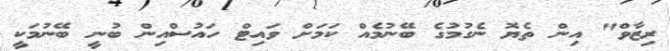
ރިޒާވް" އިން ތެޔޮ ނެގުމުގެ ބޭނުމެއް ކަމަށް ވައިޓް ހައުސްއިން ބުނީ ބޭނުމަކީ